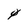
Character: 4